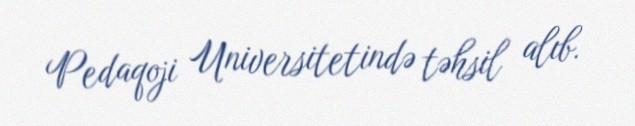
Pedaqoji Universitetində təhsil alıb.